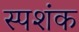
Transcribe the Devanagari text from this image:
स्पशंक